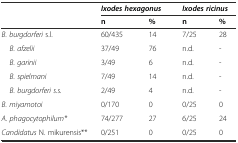
<table><thead><tr><td>[EMPTY_CELL]</td><td colspan="2"><b><i>Ixodes hexagonus</i></b></td><td colspan="2"><b><i>Ixodes ricinus</i></b></td></tr><tr><td>[EMPTY_CELL]</td><td><b>n</b></td><td><b>%</b></td><td><b>n</b></td><td><b>%</b></td></tr></thead><tbody><tr><td><i>B. burgdorferi </i>s.l.</td><td>60/435</td><td>14</td><td>7/25</td><td>28</td></tr><tr><td> <i>B. afzelii</i></td><td>37/49</td><td>76</td><td>n.d.</td><td>-</td></tr><tr><td> <i>B. garinii</i></td><td>3/49</td><td>6</td><td>n.d.</td><td>-</td></tr><tr><td> <i>B. spielmani</i></td><td>7/49</td><td>14</td><td>n.d.</td><td>-</td></tr><tr><td> <i>B. burgdorferi s.s.</i></td><td>2/49</td><td>4</td><td>n.d.</td><td>-</td></tr><tr><td><i>B. miyamotoi</i></td><td>0/170</td><td>0</td><td>0/25</td><td>0</td></tr><tr><td><i>A. phagocytophilum*</i></td><td>74/277</td><td>27</td><td>6/25</td><td>24</td></tr><tr><td><i>Candidatus</i> N. mikurensis**</td><td>0/251</td><td>0</td><td>0/25</td><td>0</td></tr></tbody></table>